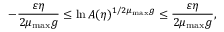
- \frac { \varepsilon \eta } { 2 \mu _ { \mathrm { m a x } } g } \le \ln A ( \eta ) ^ { 1 / 2 \mu _ { \mathrm { m a x } } g } \le \frac { \varepsilon \eta } { 2 \mu _ { \mathrm { m a x } } g } ,